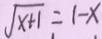
\sqrt { x + 1 } = 1 - x